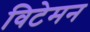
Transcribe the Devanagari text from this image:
विटेमन